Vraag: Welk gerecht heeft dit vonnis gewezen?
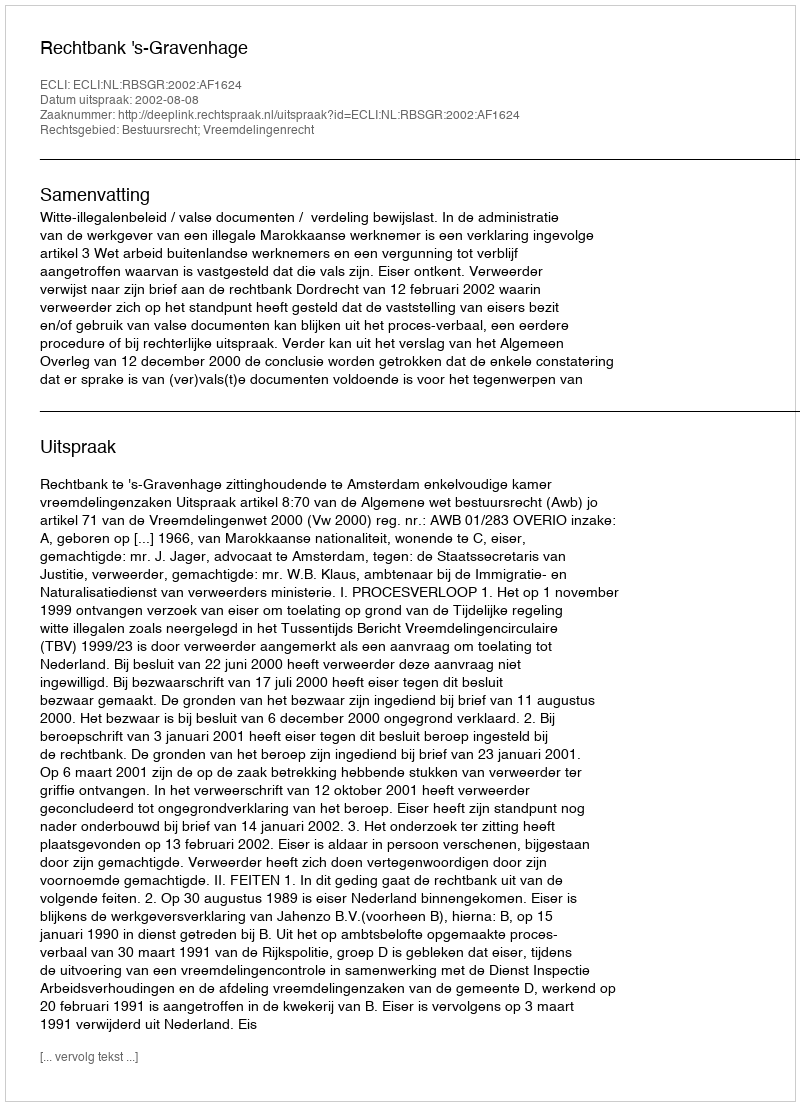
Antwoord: Rechtbank 's-Gravenhage